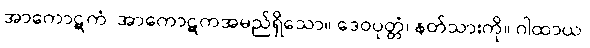
အာကောဋကံ၊ အာကောဋကအမည်ရှိသော။ ဒေဝပုတ္တံ၊ နတ်သားကို။ ဂါထာယ၊